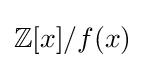
\mathbb {Z} [x]/f(x)